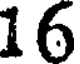
16